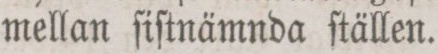
mellan ſiſtnämnda ſtällen.